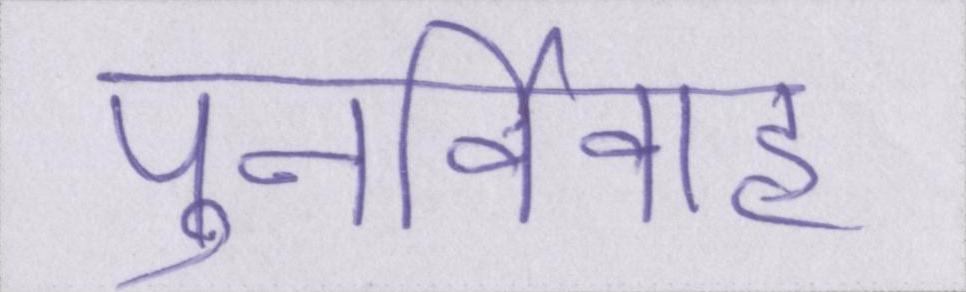
पुनर्विवाह